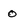
Character: 0